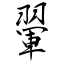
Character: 翬